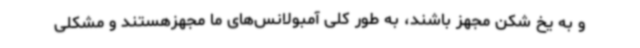
و به یخ شکن مجهز باشند، به طور کلی آمبولانس‌های ما مجهزهستند و مشکلی